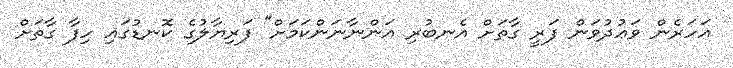
އަހަރެން ވަޢުދުވަން ފަރީ ގާތަށް އެނބުރި އަންނާނަންކަމަށް" ފަރިޔާލުގެ ކޮނޑުގައި ހިފާ ގާތަށް